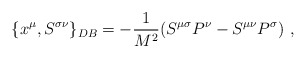
\begin{align*}\{x^\mu ,S^{\sigma\nu}\}_{DB}=-\frac{1}{M^2}(S^{\mu\sigma}P^\nu-S^{\mu\nu}P^\sigma ) ~,\end{align*}